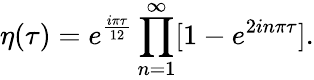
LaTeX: \displaystyle\eta(\tau)=e^{\frac{i\pi\tau}{12}}\prod_{n=1}^{\infty}[1-e^{2in\pi\tau}].